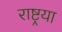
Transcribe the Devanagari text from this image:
राष्ट्रया